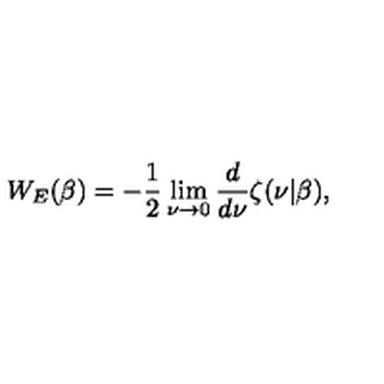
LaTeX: W _ { E } ( \beta ) = - \frac 1 2 \lim _ { \nu \rightarrow 0 } { \frac { d } { d \nu } } \zeta ( \nu | \beta ) ,